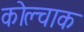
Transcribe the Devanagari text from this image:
कोल्चाक